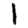
Digit: 1